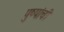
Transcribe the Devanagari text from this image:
पुष्पांची